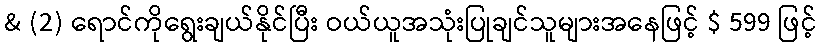
& (2) ရောင်ကိုရွေးချယ်နိုင်ပြီး ဝယ်ယူအသုံးပြုချင်သူများအနေဖြင့် $ 599 ဖြင့်